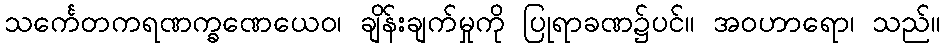
သင်္ကေတကရဏက္ခဏေယေဝ၊ ချိန်းချက်မှုကို ပြုရာခဏ၌ပင်။ အဝဟာရော၊ သည်။